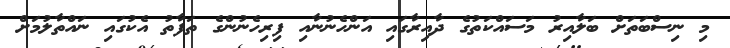
މި ނިސްބަތަށް ބަލާއިރު މަސައްކަތުގެ ދާއިރާގައި އަންހެނުނާއި ފިރިހެނުންގެ ތަފާތު އެކުގައި ނައްތާލުމަށް